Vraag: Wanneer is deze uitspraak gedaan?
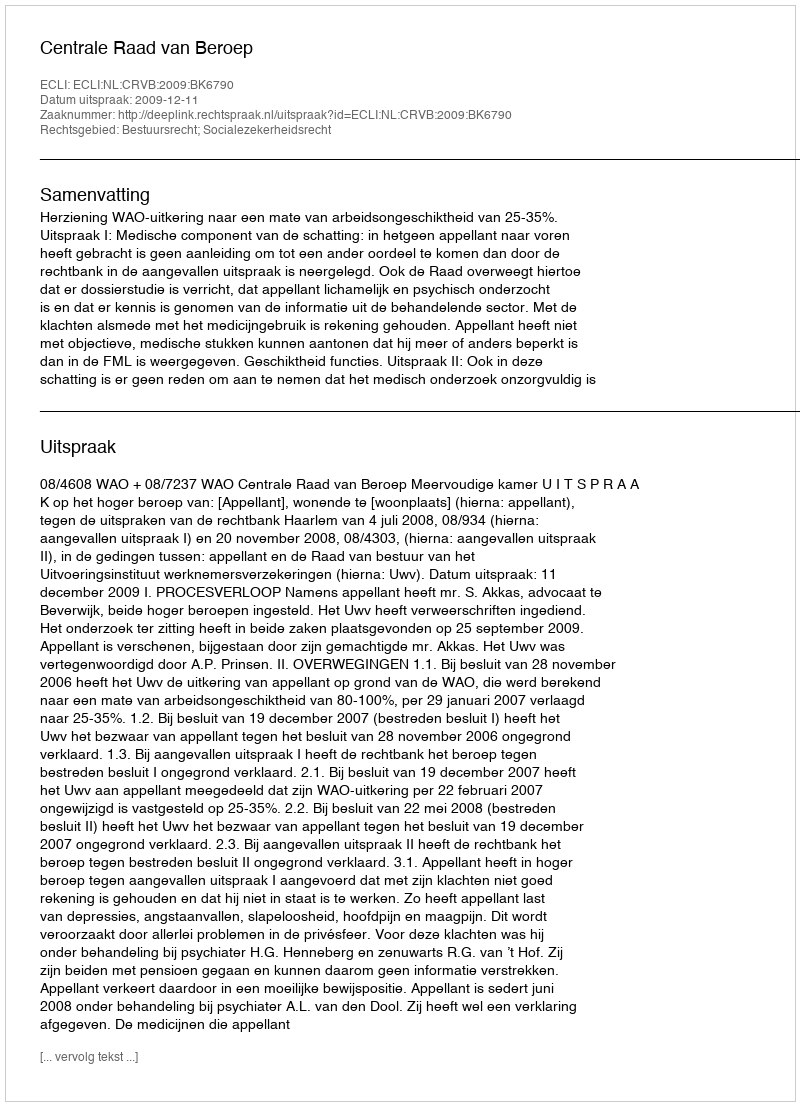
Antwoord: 2009-12-11